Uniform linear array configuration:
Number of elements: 32
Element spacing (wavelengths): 0.5
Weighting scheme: uniform
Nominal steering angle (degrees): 60
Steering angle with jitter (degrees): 59.742
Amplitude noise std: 0.05
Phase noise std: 0.05

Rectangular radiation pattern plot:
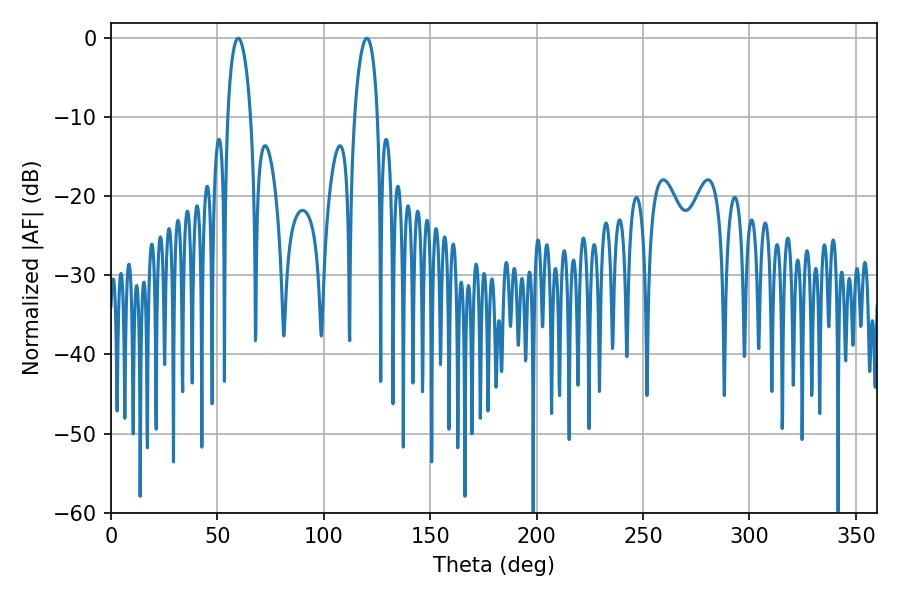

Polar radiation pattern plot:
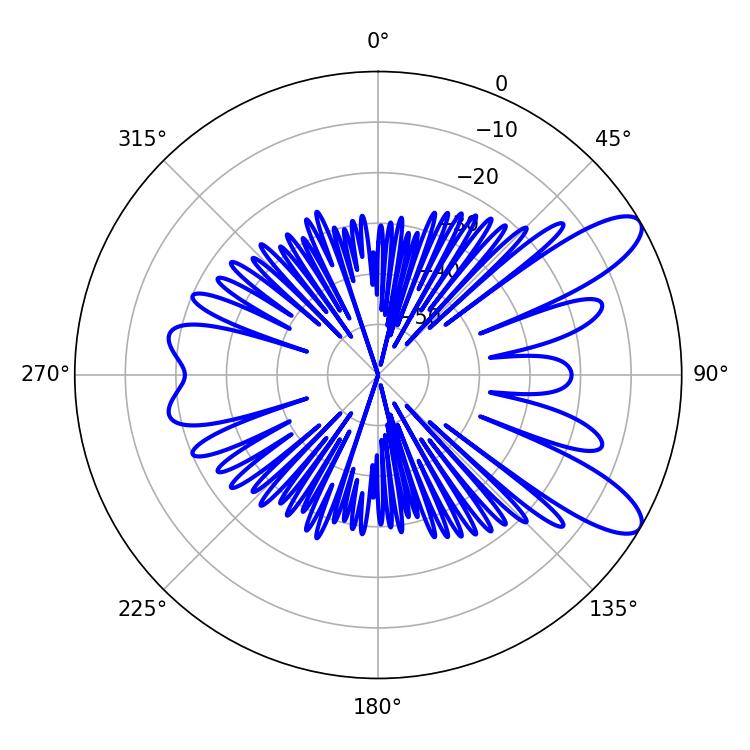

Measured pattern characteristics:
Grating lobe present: FALSE
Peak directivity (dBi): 9.944
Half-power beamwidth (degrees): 6.12
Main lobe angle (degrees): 59.76